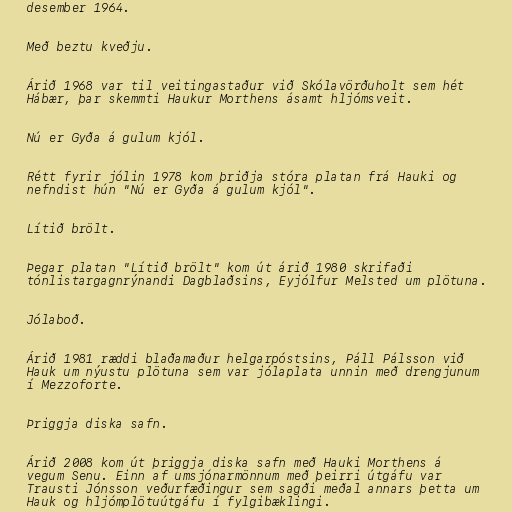
desember 1964.

Með beztu kveðju.

Árið 1968 var til veitingastaður við Skólavörðuholt sem hét
Hábær, þar skemmti Haukur Morthens ásamt hljómsveit.

Nú er Gyða á gulum kjól.

Rétt fyrir jólin 1978 kom þriðja stóra platan frá Hauki og
nefndist hún "Nú er Gyða á gulum kjól".

Lítið brölt.

Þegar platan "Lítið brölt" kom út árið 1980 skrifaði
tónlistargagnrýnandi Dagblaðsins, Eyjólfur Melsted um plötuna.

Jólaboð.

Árið 1981 ræddi blaðamaður helgarpóstsins, Páll Pálsson við
Hauk um nýustu plötuna sem var jólaplata unnin með drengjunum
í Mezzoforte.

Þriggja diska safn.

Árið 2008 kom út þriggja diska safn með Hauki Morthens á
vegum Senu. Einn af umsjónarmönnum með þeirri útgáfu var
Trausti Jónsson veðurfæðingur sem sagði meðal annars þetta um
Hauk og hljómplötuútgáfu í fylgibæklingi.